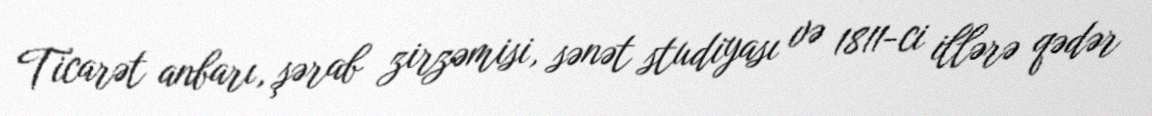
Ticarət anbarı, şərab zirzəmisi, sənət studiyası və 1811-ci illərə qədər